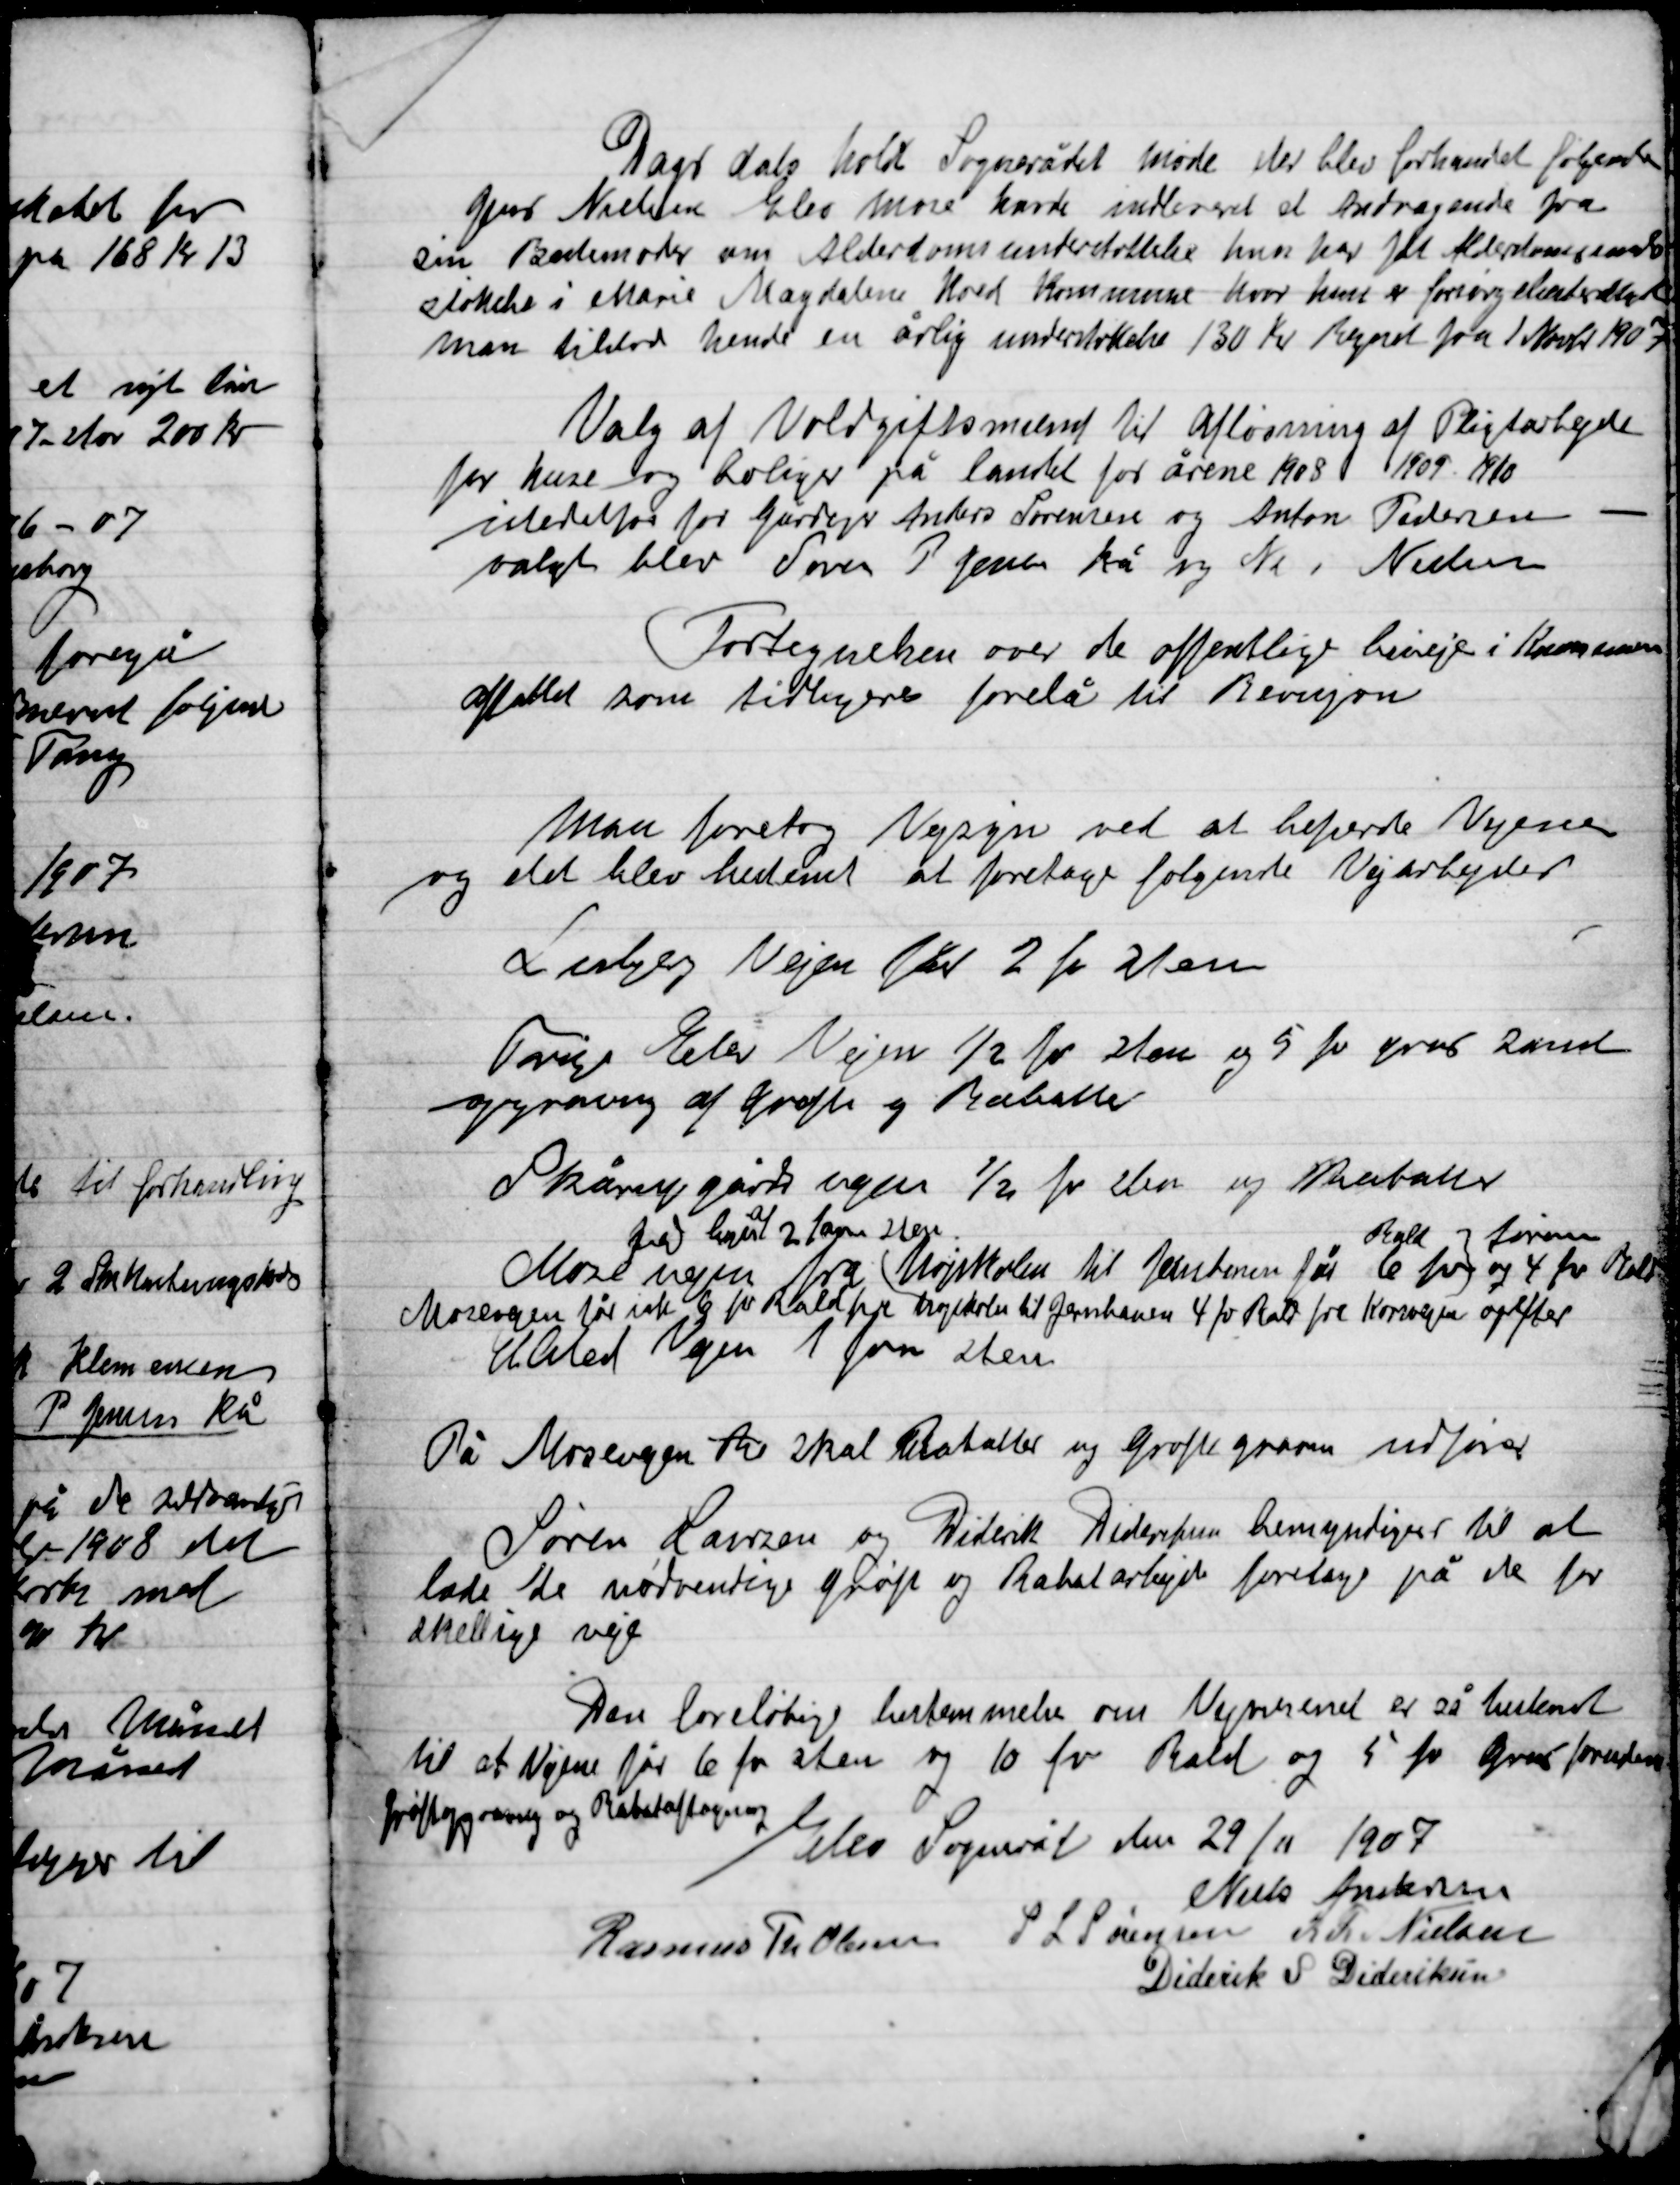
Transskription:
Dags dato holdt Sognerådet møde der blev forhandlet følgende
Gård. Nielsen Elev mose havde indleveret et Andragende fra
sin Bedstemoder om Alderdomsunderstøttelse hun har fået Alderdomsunder-
støttelse I Marie Magdalene Koed kommune hvor han er forsørgelsesberettiget
man tilstod hende en årlig understøttelse 130 Kr. Beregnet fra 1 Marts 1907

Valg af Voldgiftsmand til Afløsning af Pligtarbejde
for huse og boliger på landet for årene 1908 1909 1910.
I stedet for gårdejer Anders Sørensen og Anton Pedersen
Valgt blev Søren P. Jensen Kå og Nr. Nielsen

Fortegnelse over de offentlige biveje i Kommunen
afholdt som tidligere forelå til Revisjon

Man foretog Vejsyn ved at befærde Vejene
og det blev bestemt at foretage følgende Vejarbejder
Lisbjerg vejen får 2 fv. sten
Trige Elev Vejen ½ fv sten og 5 fv grus snarest
opgravning af grøfte og Rabatter
Skårupgård vejen ½ fv sten og Rabatte
Mosevejen fra
fra hegn
af
2 favne sten
Højskolen til Jernbanen får 6 fv.
rald

og 4 fv. rald
Mosevejen får i alt 6 fv. rald fra Højskolen til Jernbanen  4 fv. rald fra Komvejen opefter
Elsted Vejen 1 favn sten

På Mosevejen Ra skal Rabtter og grøfter graven udføres

Søren Laursen og Diderik Dideriksen bemyndiges til at
lade de nødvendige grøfter og Rabatarbejde foretages på de for-
skellige veje.

Den foreløbige bestemmelse om Vejnettet er så bestemt
til at Vejene får 6 fv. sten og 10 fv. Rald og 5 fv. Grus foruden
grøftegravning og Rabataftagning

Elev Sogneråd den 29/11 1907

Niels Andersen
Rasmus Th. Olsen
S.L. Sørensen
F. R. Nielsen
Diderik S. Dideriksen